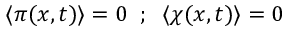
\langle \pi ( x , t ) \rangle = 0 \; \; ; \; \; \langle \chi ( x , t ) \rangle = 0